Scientific memoirs by medical officers of the Army of India - Part IX,
Year: 1895
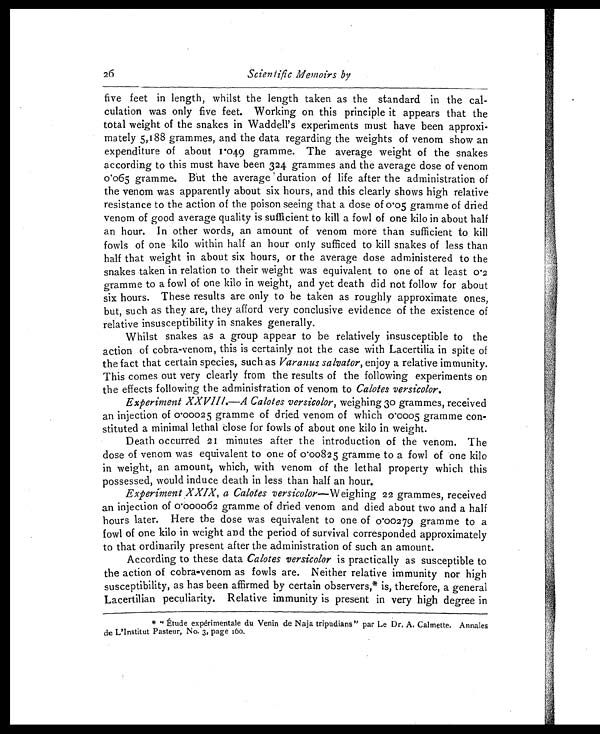
26
Scientific Memoirs by
five feet in length, whilst the length taken as the standard in the cal-
culation was only five feet. Working on this principle it appears that the
total weight of the snakes in Waddell's experiments must have been approxi-
mately 5,188 grammes, and the data regarding the weights of venom show an
expenditure of about 1.049 gramme. The average weight of the snakes
according to this must have been 324 grammes and the average dose of venom
0.065 gramme. But the average duration of life after the administration of
the venom was apparently about six hours, and this clearly shows high relative
resistance to the action of the poison seeing that a dose of 0.05 gramme of dried
venom of good average quality is sufficient to kill a fowl of one kilo in about half
an hour. In other words, an amount of venom more than sufficient to kill
fowls of one kilo within half an hour only sufficed to kill snakes of less than
half that weight in about six hours, or the average dose administered to the
snakes taken in relation to their weight was equivalent to one of at least 0.2
gramme to a fowl of one kilo in weight, and yet death did not follow for about
six hours. These results are only to be taken as roughly approximate ones,
but, such as they are, they afford very conclusive evidence of the existence of
relative insusceptibility in snakes generally.
Whilst snakes as a group appear to be relatively insusceptible to the
action of cobra-venom, this is certainly not the case with Lacertilia in spite of
the fact that certain species, such as Varanus salvator, enjoy a relative immunity.
This comes out very clearly from the results of the following experiments on
the effects following the administration of venom to Calotes versicolor.
Experiment XXVIII.—A Calotes versicolor, weighing 30 grammes, received
an injection of 0.00025 gramme of dried venom of which 0 .0005 gramme con-
stituted a minimal lethal close for fowls of about one kilo in weight.
Death occurred 21 minutes after the introduction of the venom. The
dose of venom was equivalent to one of 0.00825 gramme to a fowl of one kilo
in weight, an amount, which, with venom of the lethal property which this
possessed, would induce death in less than half an hour.
Experiment XXIX, a Calotes versicolor— Weighing 22 grammes, received
an injection of 0.000062 gramme of dried venom and died about two and a half
hours later. Here the dose was equivalent to one of 0.00279 gramme to a
fowl of one kilo in weight and the period of survival corresponded approximately
to that ordinarily present after the administration of such an amount.
According to these data Calotes versicolor is practically as susceptible to
the action of cobra-venom as fowls are. Neither relative immunity nor high
susceptibility, as has been affirmed by certain observers,* is, therefore, a general
Lacertilian peculiarity. Relative immunity is present in very high degree in
* " Étude expérimentale du Venin de Naja tripudians" par Le Dr. A. Calmette. Annales
de L'Institut Pasteur, No. 3, page 160.